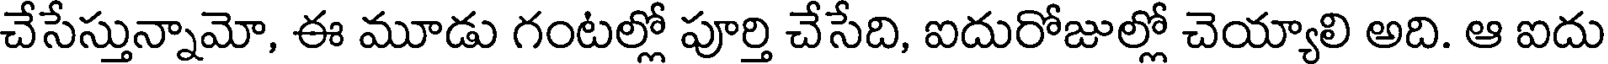
చేసేస్తున్నామో, ఈ మూడు గంటల్లో పూర్తి చేసేది, ఐదురోజుల్లో చెయ్యాలి అది. ఆ ఐదు